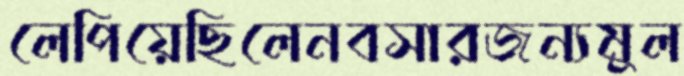
লেপিয়েছিলেনবসারজন্যমুল